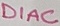
Text: DIAC